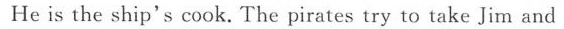
He is the ship's cook.The pirates try to take Jim and